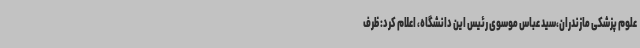
علوم پزشکی مازندران،سید عباس موسوی رئیس این دانشگاه، اعلام کرد: ظرف